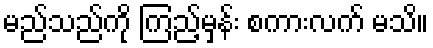
မည်သည်ကို ကြည့်မှန်း စကားလက် မသိ။